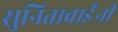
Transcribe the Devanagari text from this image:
सुनिताबाईंनी